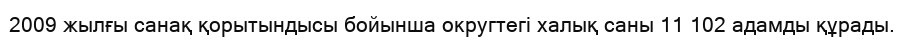
2009 жылғы санақ қорытындысы бойынша округтегі халық саны 11 102 адамды құрады.